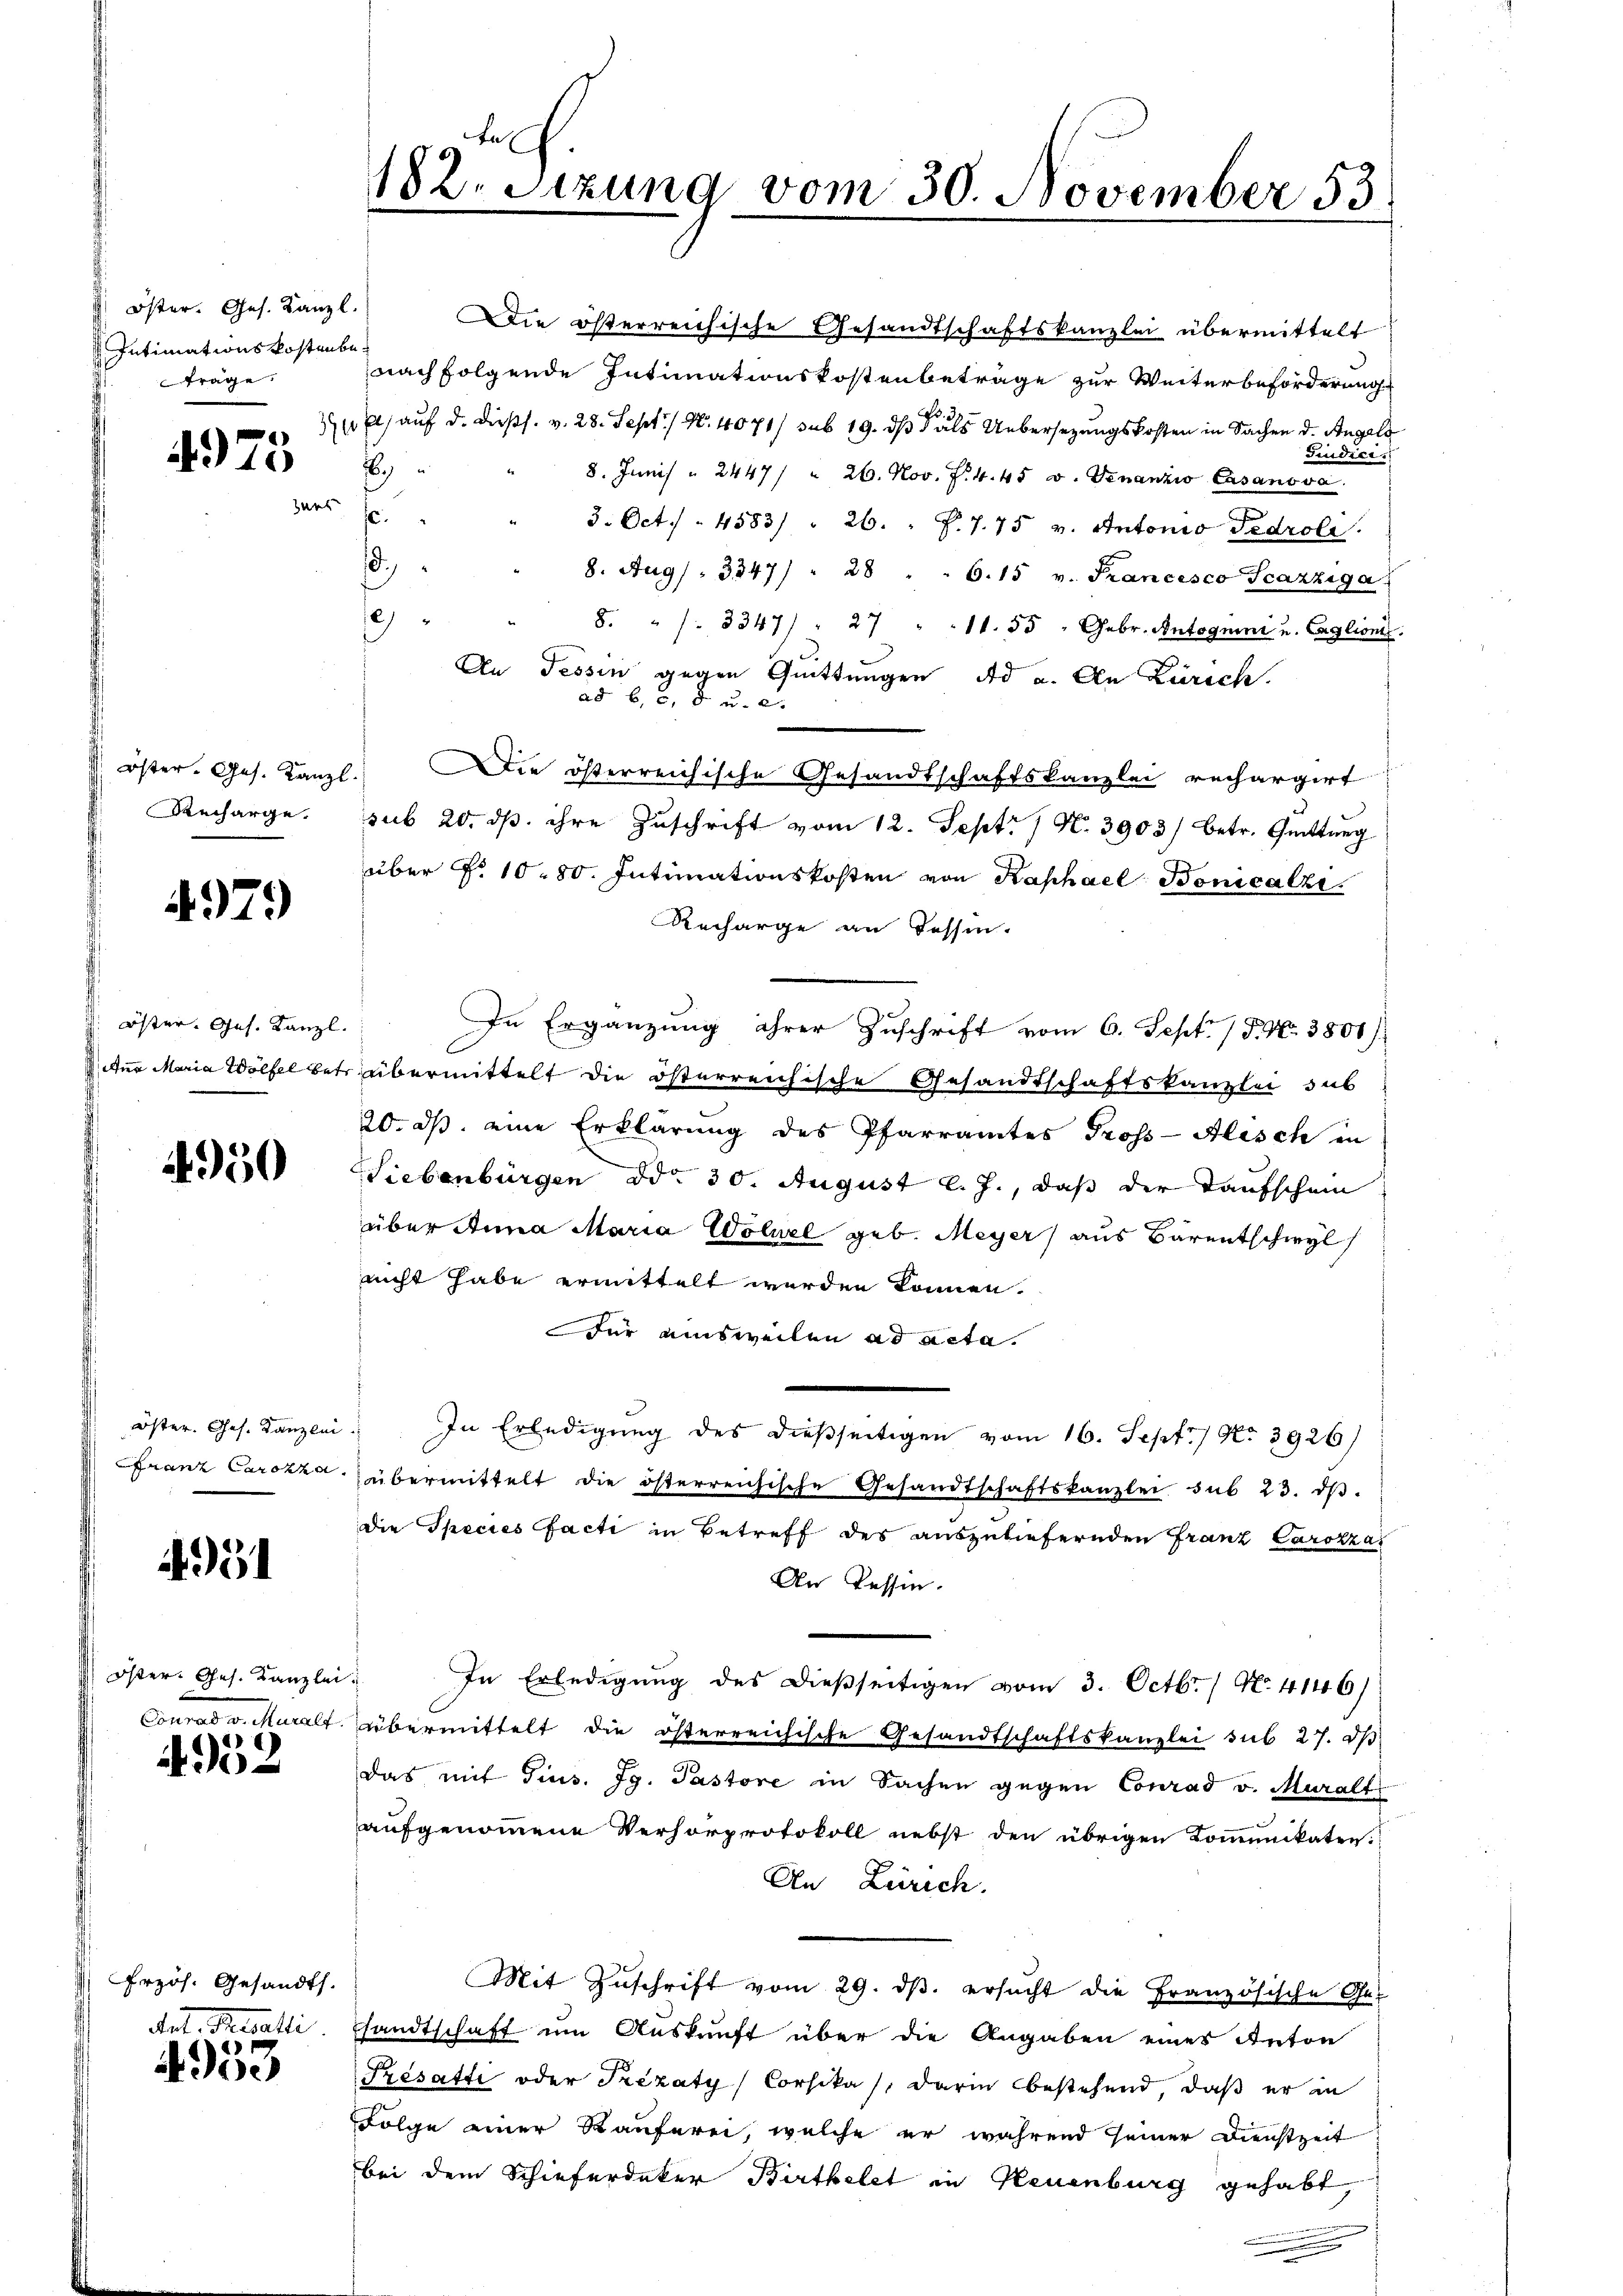
Intimationskostenbeträge.
4975 6
ders

Richarge.

4979

: Öster. Ges. Kanzl.

4950

öster. Ges. Kanzlei
Franz Carozza

4331

Öster Ges. Kanzlei

4952

Frzös. Gesandt.
det. Berati

4953

182. Sitzung vom 30. November 53

öster. Ges. Kanzl. Die österreichische Gesandtschaftskanzlei übermittelt
nachfolgende Intimationskostenbeträge zur Weiterbeförderung
El) auf d. dießs. v. 28. Sept./ N. 4071/ sub 19. ds als Uebersezungskosten in Sachen d. Angels
Judici
8. Junis " 2447/ " 26. Nov. v. 4. 45 v. Genanzio Casanova
3. Oct. 4583/ " 26. " P.7.75 v. Antonio Pedroli
18.
8. Aug. 3347/ " 28 " " 6.15 v. Francesco Scazziga

s
8. "   3347) " 27 " 11. 35 " Gebr. Antognini u. Caglioni.
An Tessin gegen Quittungen ad a. An Zürich.
ad b. c, d u. a.
 öster. Ges. Kanzl. Die österreichische Gesandtschaftskanzlei rechargirt
sub 20. ds. ihre Zuschrift vom 12. Sept. 1 N. 3903) betr. Quittung
über No 1080. Intimationskosten von Kaphael Bonicalzi
Recharge an Tessin.
In Ergänzung ihrer Zuschrift vom 6. Sept. 15. No. 3801)
Actua Maria Wölfel betr. übermittelt die österreichische Gesandtschaftskanzlei sub
20. ds. eine Erklärung des Pfarramtes Gross-Alisch in
Siebenbürgen ddo 30. August l. J., daß der Taufschein
über Anna Maria Wolnel geb. Meyer aus Bärentschwyl
nicht habe ermittelt werden können.
für einsweilen ad acta
" In Erledigung des dießseitigen vom 16. Sept. 17 No 3926)
übermittelt die österreichische Gesandtschaftskanzlei sub 23. dβ.
die Species facti in Betreff des auszuliefernden Franz Carozzar
An Tessin.
s
In Erledigung des dießseitigen vom 3. Octbr. / N. 4146)
Conrad v. Muralt übermittelt die österreichische Gesandtschaftskanzlei sub 27. dβ
das mit Gins. Ig. Pastore in Sachen gegen Conrad v. Muralt
aufgenommene Verhörprotokoll nebst den übrigen Kommunikaten.
An Zürich.
Mit Zuschrift vom 29. ds. ersucht die Französische Ge-
sandtschaff um Auskunft über die Angaben eines Anton
Présatti oder Trezaty, Corsika), darin bestehend, daß er in
Folge einer Räuferei, welche er während seiner Dienstzeit
bei dem Schieferdeker Birtkelet in Neuenburg gehabt,